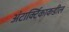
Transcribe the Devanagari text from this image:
अंटार्क्टिकाकडील